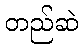
တည်ဆဲ